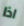
اذا